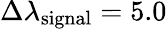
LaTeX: \Delta\lambda_{\mathrm{signal}}=5.0